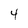
Character: 4